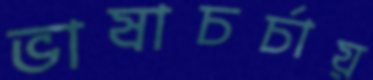
ভাষাচর্চায়